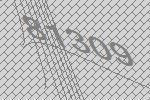
81309